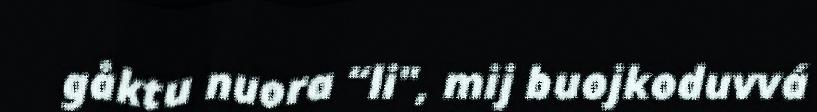
gåktu nuora “li", mij buojkoduvvá